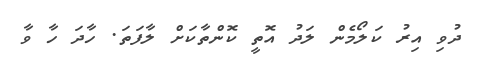
ދުވި އިރު ކަލޯމެން ލަދު އޮތީ ކޮންތާކަށް ލާފަތަ. ހާދަ ހާ ވާ